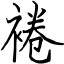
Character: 裷